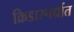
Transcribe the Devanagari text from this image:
क्रिडास्पर्धात